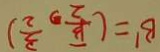
B ^ { \prime } = ( \frac { \sqrt { 3 } } { 2 } , \frac { 3 } { 2 } )